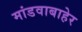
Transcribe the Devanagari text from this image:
मांडवाबाहेर